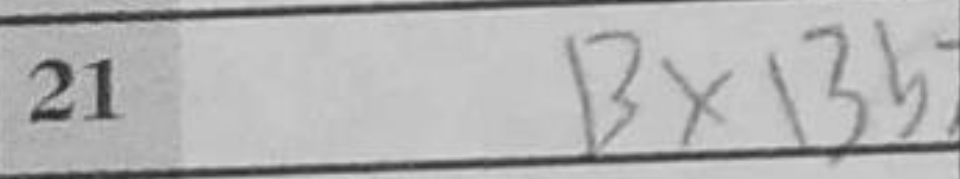
Transcription: BxBb7